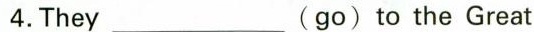
4.They___(go)to the Great